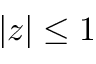
\vert z \vert \le 1